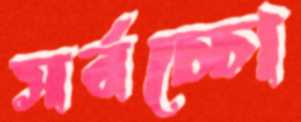
সর্বচ্চো